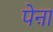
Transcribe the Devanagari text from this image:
पेऩा